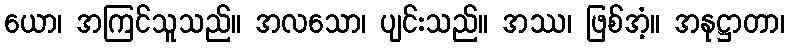
ယော၊ အကြင်သူသည်။ အလသော၊ ပျင်းသည်။ အဿ၊ ဖြစ်အံ့။ အနုဋ္ဌာတာ၊